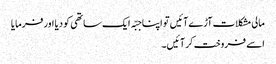
مالی مشکلات آڑے آئیں تو اپنا جبّہ ایک ساتھی کو دیا اور فرمایا
اسے فروخت کر آئیں۔